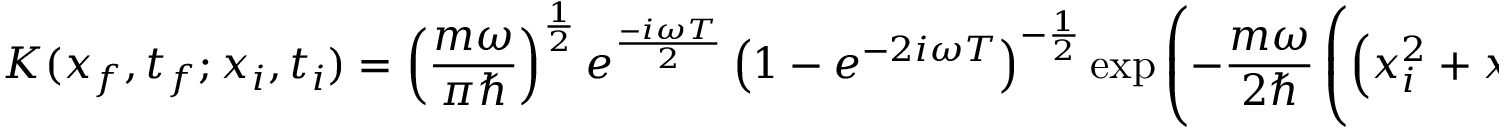
K ( x _ { f } , t _ { f } ; x _ { i } , t _ { i } ) = \left( { \frac { m \omega } { \pi \hbar } } \right) ^ { \frac { 1 } { 2 } } e ^ { \frac { - i \omega T } { 2 } } \left( 1 - e ^ { - 2 i \omega T } \right) ^ { - { \frac { 1 } { 2 } } } \exp { \left( - { \frac { m \omega } { 2 \hbar } } \left( \left( x _ { i } ^ { 2 } + x _ { f } ^ { 2 } \right) { \frac { 1 + e ^ { - 2 i \omega T } } { 1 - e ^ { - 2 i \omega T } } } - { \frac { 4 x _ { i } x _ { f } e ^ { - i \omega T } } { 1 - e ^ { - 2 i \omega T } } } \right) \right) } .